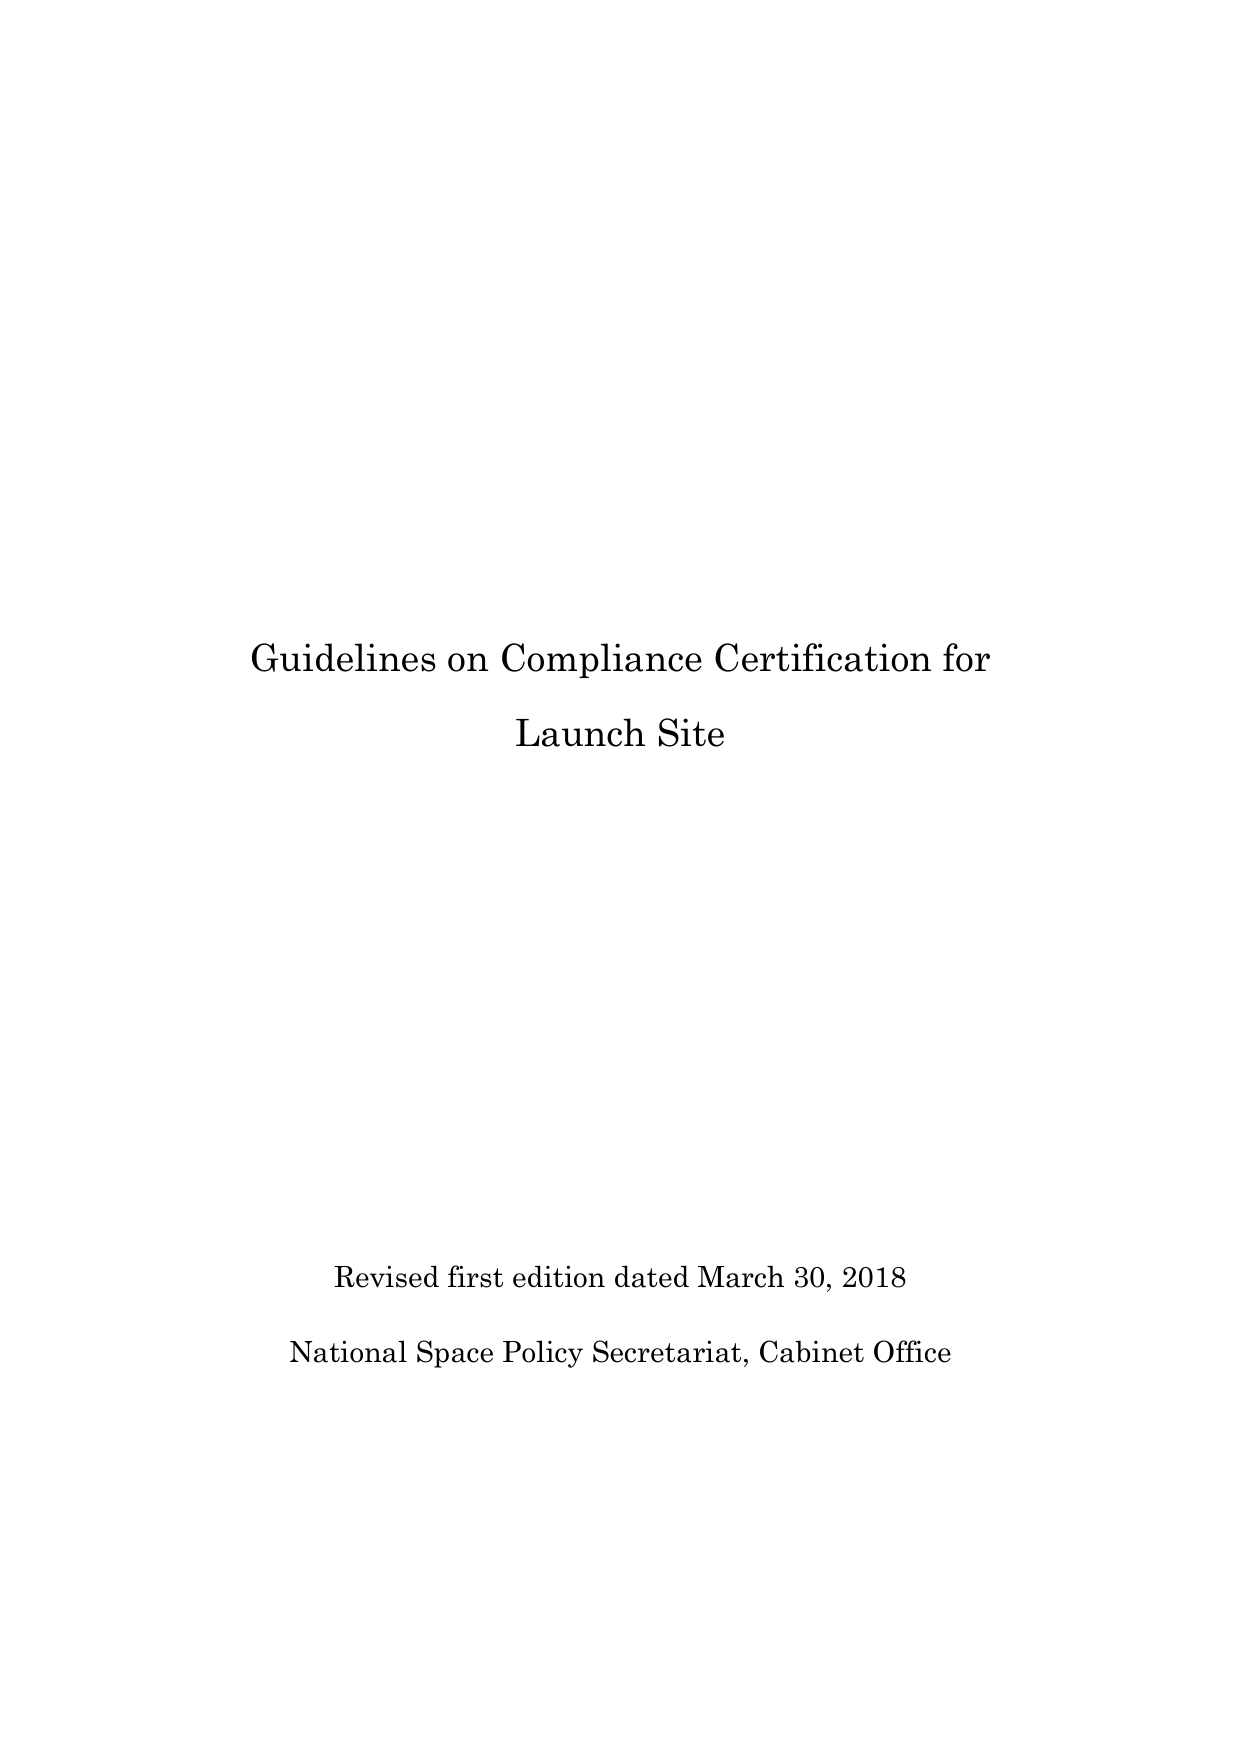
Guidelines on Compliance Certification for
Launch Site

Revised first edition dated March 30, 2018
National Space Policy Secretariat, Cabinet Office